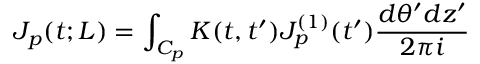
J _ { p } ( t ; L ) = \int _ { C _ { p } } K ( t , t ^ { \prime } ) J _ { p } ^ { ( 1 ) } ( t ^ { \prime } ) \frac { d \theta ^ { \prime } d z ^ { \prime } } { 2 \pi i }